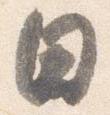
日